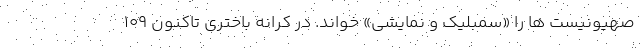
صهیونیست ها را «سمبلیک و نمایشی» خواند. در کرانه باختری تاکنون ۱۰۹